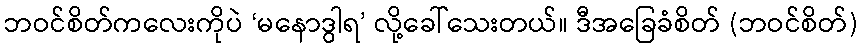
ဘဝင်စိတ်ကလေးကိုပဲ ‘မနောဒွါရ’ လို့ခေါ်သေးတယ်။ ဒီအခြေခံစိတ် (ဘဝင်စိတ်)